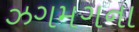
ઝગમગના